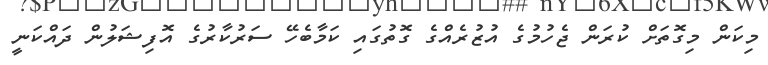
މިކަން މިގޮތަށް ކުރަން ޖެހުމުގެ އުޒުރެއްގެ ގޮތުގައި ކަމާބެހޭ ސަރުކާރުގެ އޮފިޝަލުން ދައްކަނީ